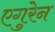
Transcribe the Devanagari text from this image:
एगुरेन